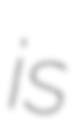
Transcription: is